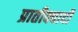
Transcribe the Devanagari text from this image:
प्रातीक्वादी